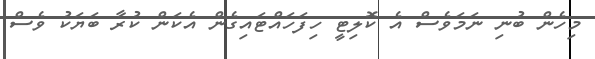
މިހެން ބުނި ނަމަވެސް އެ ކޮލިޓީ ހިފަހައްޓައިގެން އެކަން ކުރާ ބަޔަކު ވެސް